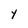
Character: Y